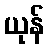
ယုန်